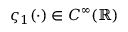
\varsigma _ { 1 } ( \cdot ) \in C ^ { \infty } ( \mathbb { R } )